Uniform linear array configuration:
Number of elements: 4
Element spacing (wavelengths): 0.75
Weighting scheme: kaiser
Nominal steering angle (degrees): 60
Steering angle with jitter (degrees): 60.833
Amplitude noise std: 0.05
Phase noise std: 0.05

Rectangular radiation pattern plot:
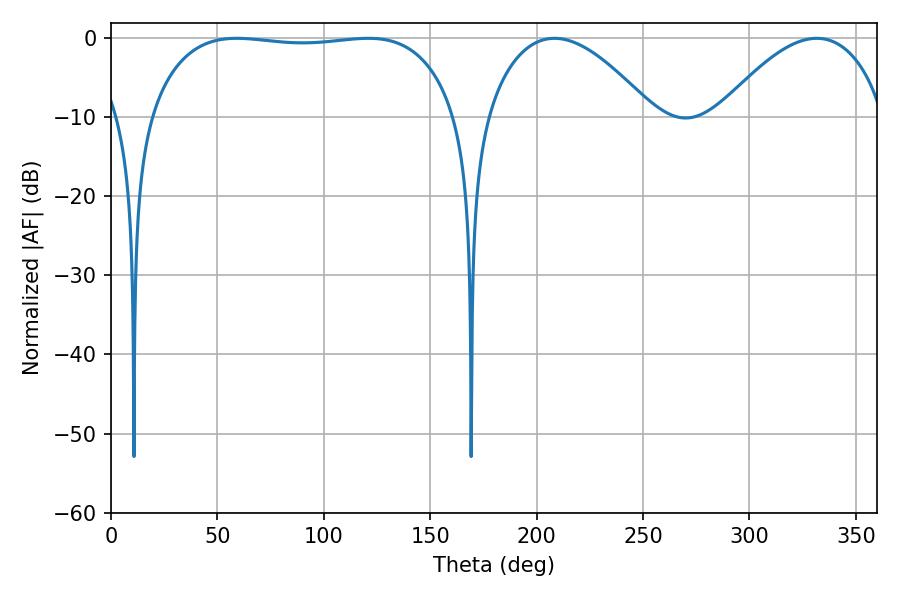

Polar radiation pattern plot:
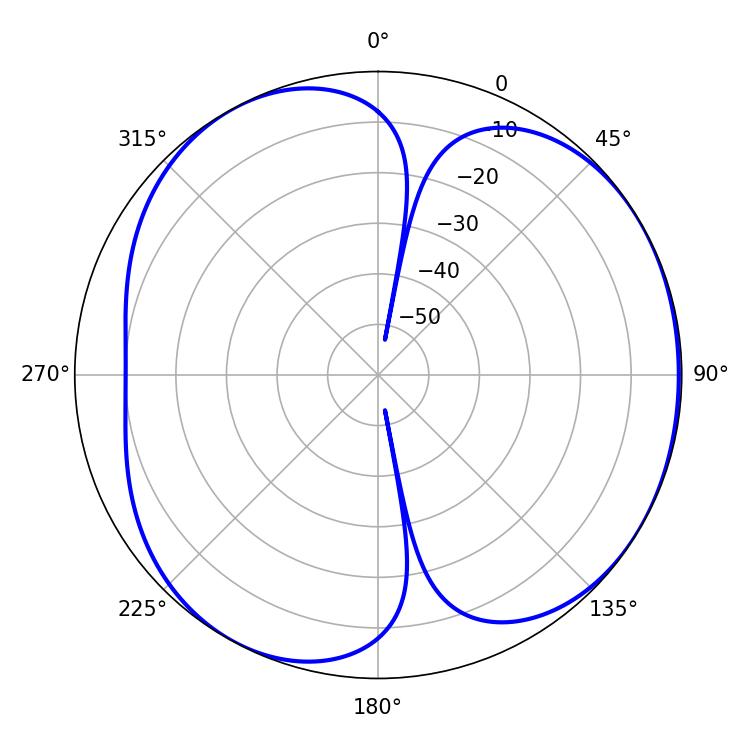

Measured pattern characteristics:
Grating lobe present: TRUE
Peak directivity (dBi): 4.502
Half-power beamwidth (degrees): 114.48
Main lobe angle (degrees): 120.96